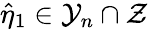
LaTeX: \hat{\eta}_{1}\in\mathcal{Y}_{n}\cap\mathcal{Z}